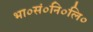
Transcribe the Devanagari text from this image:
भा०सं०नि०लि०